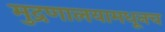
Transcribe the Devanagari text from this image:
मुद्रणालयामधूनच